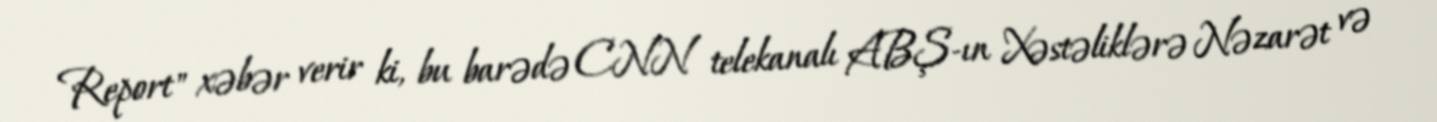
Report" xəbər verir ki, bu barədə CNN telekanalı ABŞ-ın Xəstəliklərə Nəzarət və